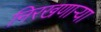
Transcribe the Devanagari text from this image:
निरखणाऱ्या